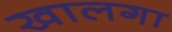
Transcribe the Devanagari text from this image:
खालगा